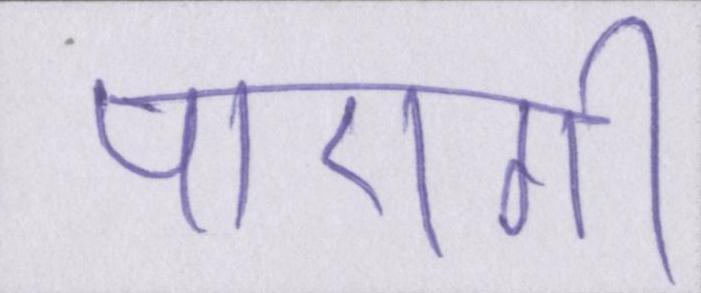
पाएगी